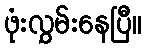
ဖုံးလွှမ်းနေပြီ။